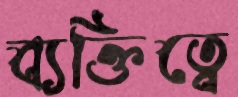
ব্যক্তিত্বে